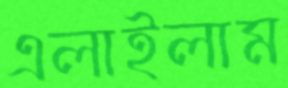
এলাইলাম